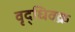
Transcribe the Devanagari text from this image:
वृद्धिवक्र